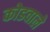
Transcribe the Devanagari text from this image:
कोडवाले